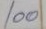
100